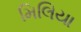
મિલિયા